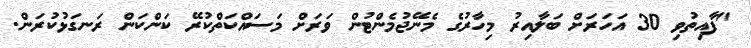
"ފާއިތުވި 30 އަހަރަށް ބަލާއިރު މިހާރުގެ މެނޭޖުމެންޓުން ވަރަށް މަސައްކަތްކުރޭ ކަންކަން ރަނގަޅުކުރަން.